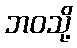
ဘဝသို့